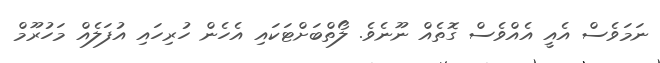
ނަމަވެސް އެއީ އެއްވެސް ގޮތެއް ނޫނެވެ. ލޯތްބަށްޓަކައި އެހެން ހުރިހައި އުފަލެއް މަހުރޫމް